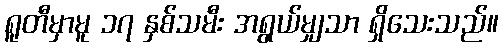
ရူတီမှာမူ ၁၇ နှစ်သမီး အရွယ်မျှသာ ရှိသေးသည်။